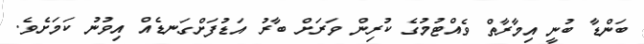
ބަންޑާ ބުނީ އިމާރާތް ވެއްޓުމުގެ ކުރިން ވަރަށް ބާރު އަޑުފަށްގަނޑެއް އިވުނު ކަމަށެވެ.